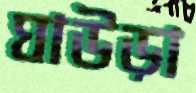
ঘাউড়া